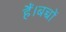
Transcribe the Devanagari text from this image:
हैं।बच्चों